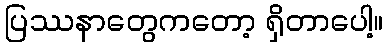
ပြဿနာတွေကတော့ ရှိတာပေါ့။